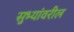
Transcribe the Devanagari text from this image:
सुभ्यांवरील